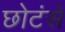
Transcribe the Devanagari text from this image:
छोटंसे